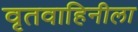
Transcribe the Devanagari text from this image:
वृतवाहिनीला